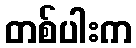
တစ်ပါးက